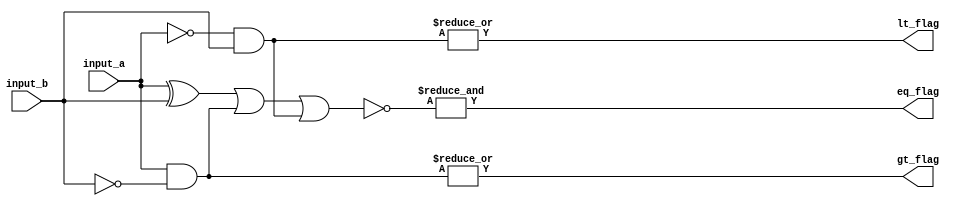
module parallel_comparator (
    input [7:0] input_a,
    input [7:0] input_b,
    output gt_flag,
    output lt_flag,
    output eq_flag
);

wire [7:0] xor_outputs;
wire [7:0] and_outputs_gt;
wire [7:0] and_outputs_lt;

assign xor_outputs = input_a ^ input_b;
assign and_outputs_gt = input_a & ~input_b;
assign and_outputs_lt = ~input_a & input_b;

assign gt_flag = |and_outputs_gt;
assign lt_flag = |and_outputs_lt;
assign eq_flag = &~(xor_outputs | and_outputs_gt | and_outputs_lt);

endmodule